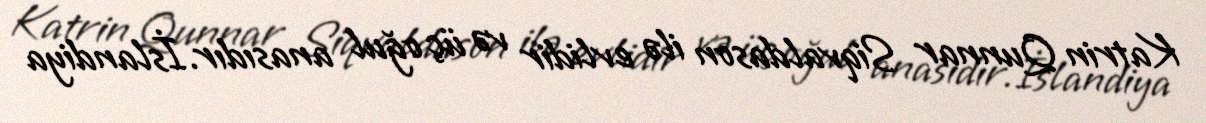
Katrin Qunnar Siqvaldason ilə evlidir və üç oğul anasıdır.İslandiya